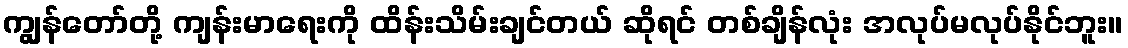
ကျွန်တော်တို့ ကျန်းမာရေးကို ထိန်းသိမ်းချင်တယ် ဆိုရင် တစ်ချိန်လုံး အလုပ်မလုပ်နိုင်ဘူး။